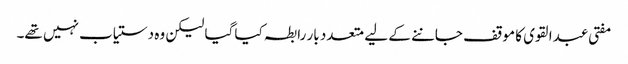
مفتی عبدالقوی کا موقف جاننے کے لیے متعدد بار رابطہ کیا گیا لیکن وہ دستیاب نہیں تھے۔